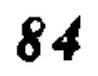
\(84\)